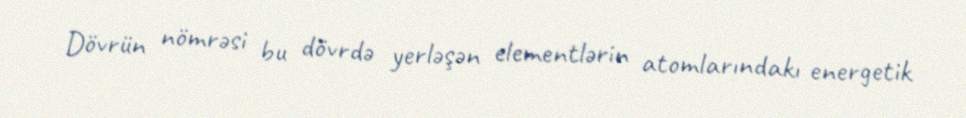
Dövrün nömrəsi bu dövrdə yerləşən elementlərin atomlarındakı energetik